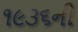
૧૯૩૬ની